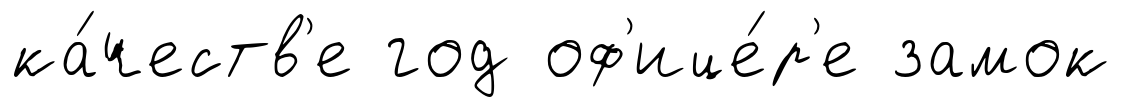
ка́честв'е год оф'ице́р'е замок